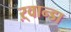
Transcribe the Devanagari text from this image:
ऱ्वान्डा